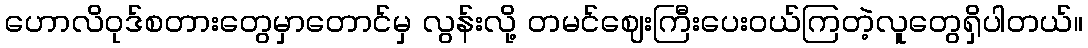
ဟောလိဝုဒ်စတားတွေမှာတောင်မှ လွန်းလို့ တမင်ဈေးကြီးပေးဝယ်ကြတဲ့လူတွေရှိပါတယ်။